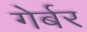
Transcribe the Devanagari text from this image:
गेर्बर